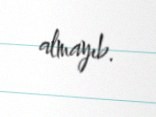
almayıb.